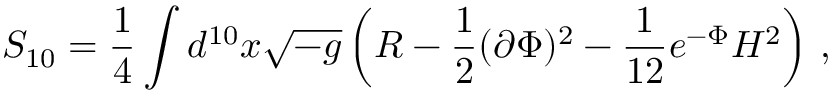
S _ { 1 0 } = \frac { 1 } { 4 } \int d ^ { 1 0 } x \sqrt { - g } \left( R - \frac { 1 } { 2 } ( \partial \Phi ) ^ { 2 } - \frac { 1 } { 1 2 } e ^ { - \Phi } H ^ { 2 } \right) \, ,